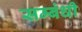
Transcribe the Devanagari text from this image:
सम्‍बंधी